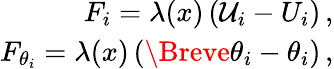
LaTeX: \begin{array}{r}{F_{i}=\lambda(x)\left(\mathcal{U}_{i}-U_{i}\right)\, ,}\\ {F_{\theta_{i}}=\lambda(x)\left(\Breve{\theta}_{i}-\theta_{i}\right)\, ,}\end{array}